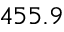
4 5 5 . 9